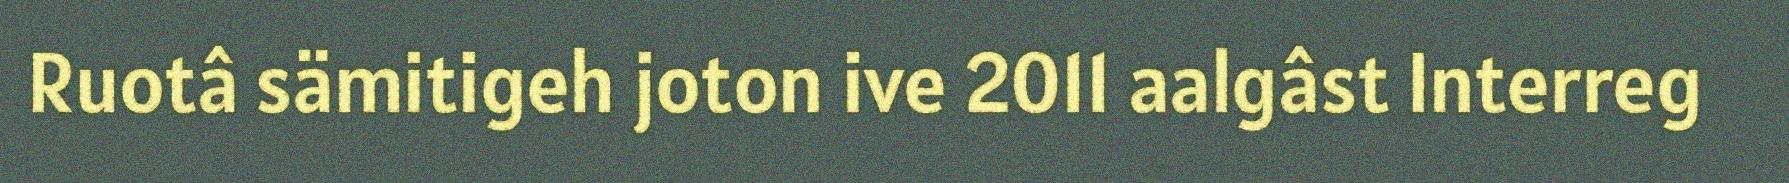
Ruotâ sämitigeh joton ive 2011 aalgâst Interreg